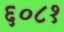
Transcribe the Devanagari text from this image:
६०८१